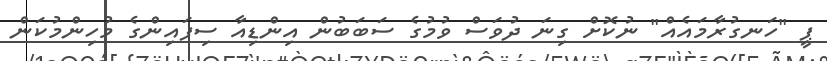
ޕީ "ހަނގުރާމައެއް" ނުކޮށް ގިނަ ދުވަސް ވުމުގެ ސަބަބުން އިންޑިއާ ސިފައިންގެ މުހިންމުކަން